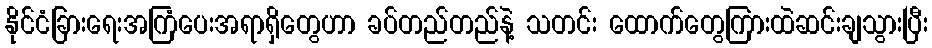
နိုင်ငံခြားရေးအကြံပေးအရာရှိတွေဟာ ခပ်တည်တည်နဲ့ သတင်း ထောက်တွေကြားထဲဆင်းချသွားပြီး